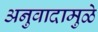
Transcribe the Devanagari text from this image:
अनुवादामुळे